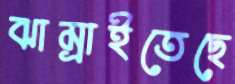
ঝাম্‌রাইতেছে